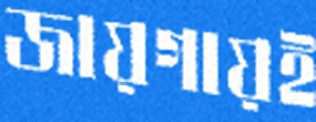
জায়গায়ই